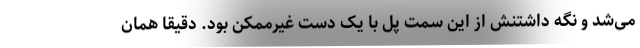
می‌شد و نگه داشتنش از این سمت پل با یک دست غیرممکن بود. دقیقاً همان